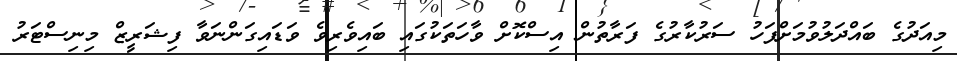
މިއަދުގެ ބައްދަލުވުމަށްފަހު ސަރުކާރުގެ ފަރާތުން އިސްކޮށް ވާހަތަކުގައި ބައިވެރިވެ ވަޑައިގަންނަވާ ފިޝަރީޒް މިނިސްޓަރު